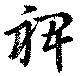
裨